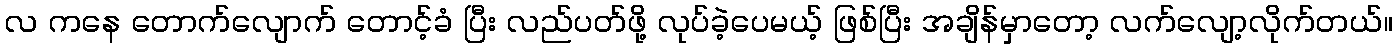
လ ကနေ တောက်လျောက် တောင့်ခံ ပြီး လည်ပတ်ဖို့ လုပ်ခဲ့ပေမယ့် ဖြစ်ပြီး အချိန်မှာတော့ လက်လျော့လိုက်တယ်။